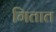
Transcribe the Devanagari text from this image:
गितात